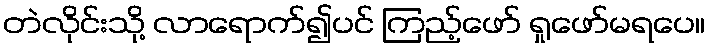
တဲလိုင်းသို့ လာရောက်၍ပင် ကြည့်ဖော် ရှုဖော်မရပေ။